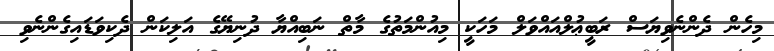
މިހެން ދެންނެވިޔަސް ރަބީޢުލްއައްވަލް މަހަކީ މިއުންމަތުގެ މާތް ނަބިއްޔާ ދުނިޔޭގެ އަލިކަން ދެކިވަޑައިގެންނެވި